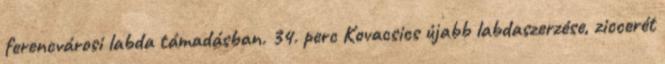
ferencvárosi labda támadásban. 34. perc Kovacsics újabb labdaszerzése, ziccerét